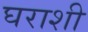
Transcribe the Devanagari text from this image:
घराशी